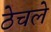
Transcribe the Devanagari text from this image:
ठेचले